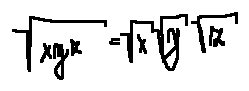
\sqrt { x y z } = \sqrt { x } \sqrt { y } \sqrt { z }